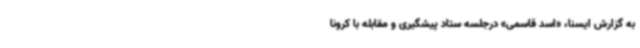
به گزارش ایسنا، «اسد قاسمی» درجلسه ستاد پیشگیری و مقابله با کرونا